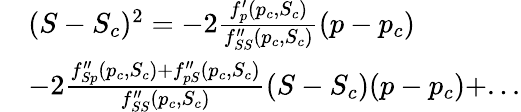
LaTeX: \begin{array}{rl}&{(S-S_{c})^{2}=-2\frac{f_{p}^{\prime}(p_{c},S_{c})}{f_{SS}^{\prime\prime}(p_{c},S_{c})}(p-p_{c})}\\ &{-2\frac{f_{Sp}^{\prime\prime}(p_{c},S_{c})+f_{pS}^{\prime\prime}(p_{c},S_{c})}{f_{SS}^{\prime\prime}(p_{c},S_{c})}(S-S_{c})(p-p_{c})+...}\end{array}